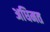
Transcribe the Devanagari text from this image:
अधिमत